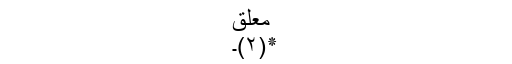
معلق
٭(۲)۔